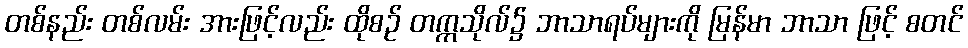
တစ်နည်း တစ်လမ်း အားဖြင့်လည်း ထိုစဉ် တက္ကသိုလ်၌ ဘာသာရပ်များကို မြန်မာ ဘာသာ ဖြင့် စတင်